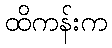
ထိကန်းက